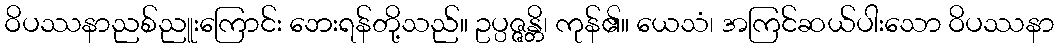
ဝိပဿနာညစ်ညူးကြောင်း ဘေးရန်တို့သည်။ ဥပ္ပဇ္ဇန္တိ၊ ကုန်၏။ ယေသံ၊ အကြင်ဆယ်ပါးသော ဝိပဿနာ